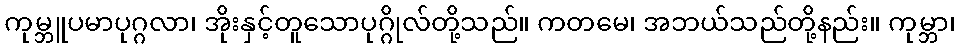
ကုမ္ဘူပမာပုဂ္ဂလာ၊ အိုးနှင့်တူသောပုဂ္ဂိုလ်တို့သည်။ ကတမေ၊ အဘယ်သည်တို့နည်း။ ကုမ္ဘာ၊